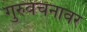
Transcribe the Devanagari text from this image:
गुरुवचनावर